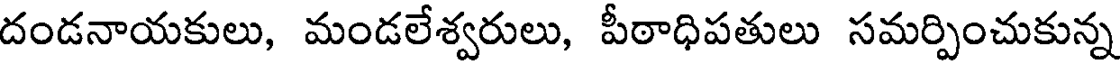
దండనాయకులు, మండలేశ్వరులు, పీఠాధిపతులు సమర్పించుకున్న